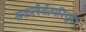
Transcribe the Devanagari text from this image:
सकलैर्यत्परिवृतः